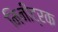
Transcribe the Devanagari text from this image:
मिनीट्रक